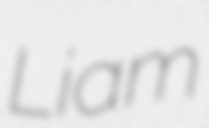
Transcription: Liam